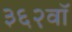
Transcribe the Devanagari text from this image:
३६२वॉ